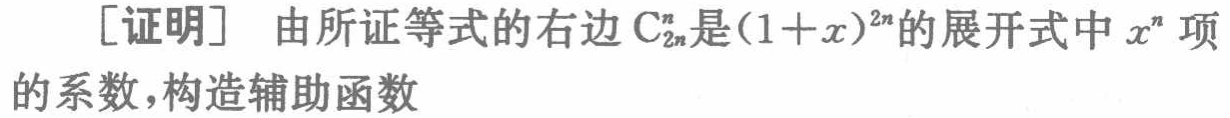
[证明] 由所证等式的右边\(C_{2n}^n\)是\((1 + x)^{2n}\)的展开式中\(x^n\)项的系数，构造辅助函数